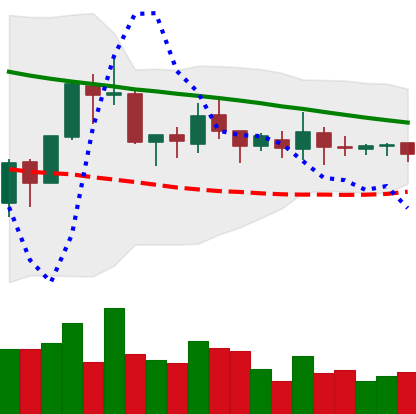
Ticker: XMR-USD
Chart end date: 2018-10-07
Forward return: -11.439%
Label: down_7plus